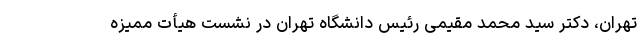
تهران، دکتر سید محمد مقیمی رئیس دانشگاه تهران در نشست هیأت ممیزه